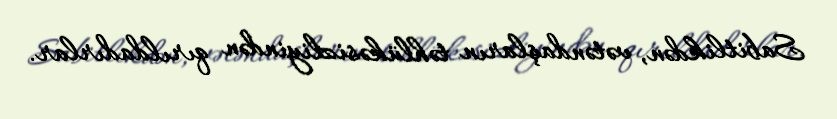
Sabitlikdən, vətəndaşların təhlükəsizliyindən qırıldadırlar.